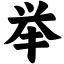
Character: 举